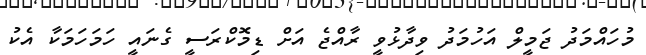
މުހައްމަދު ޖަމީލް އަހުމަދު ވިދާޅުވީ ރާއްޖެ އަށް ޑިމޮކްރަސީ ގެނައީ ހަމަހަމަކާ އެކު